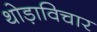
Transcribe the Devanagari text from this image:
थोड़ाविचार